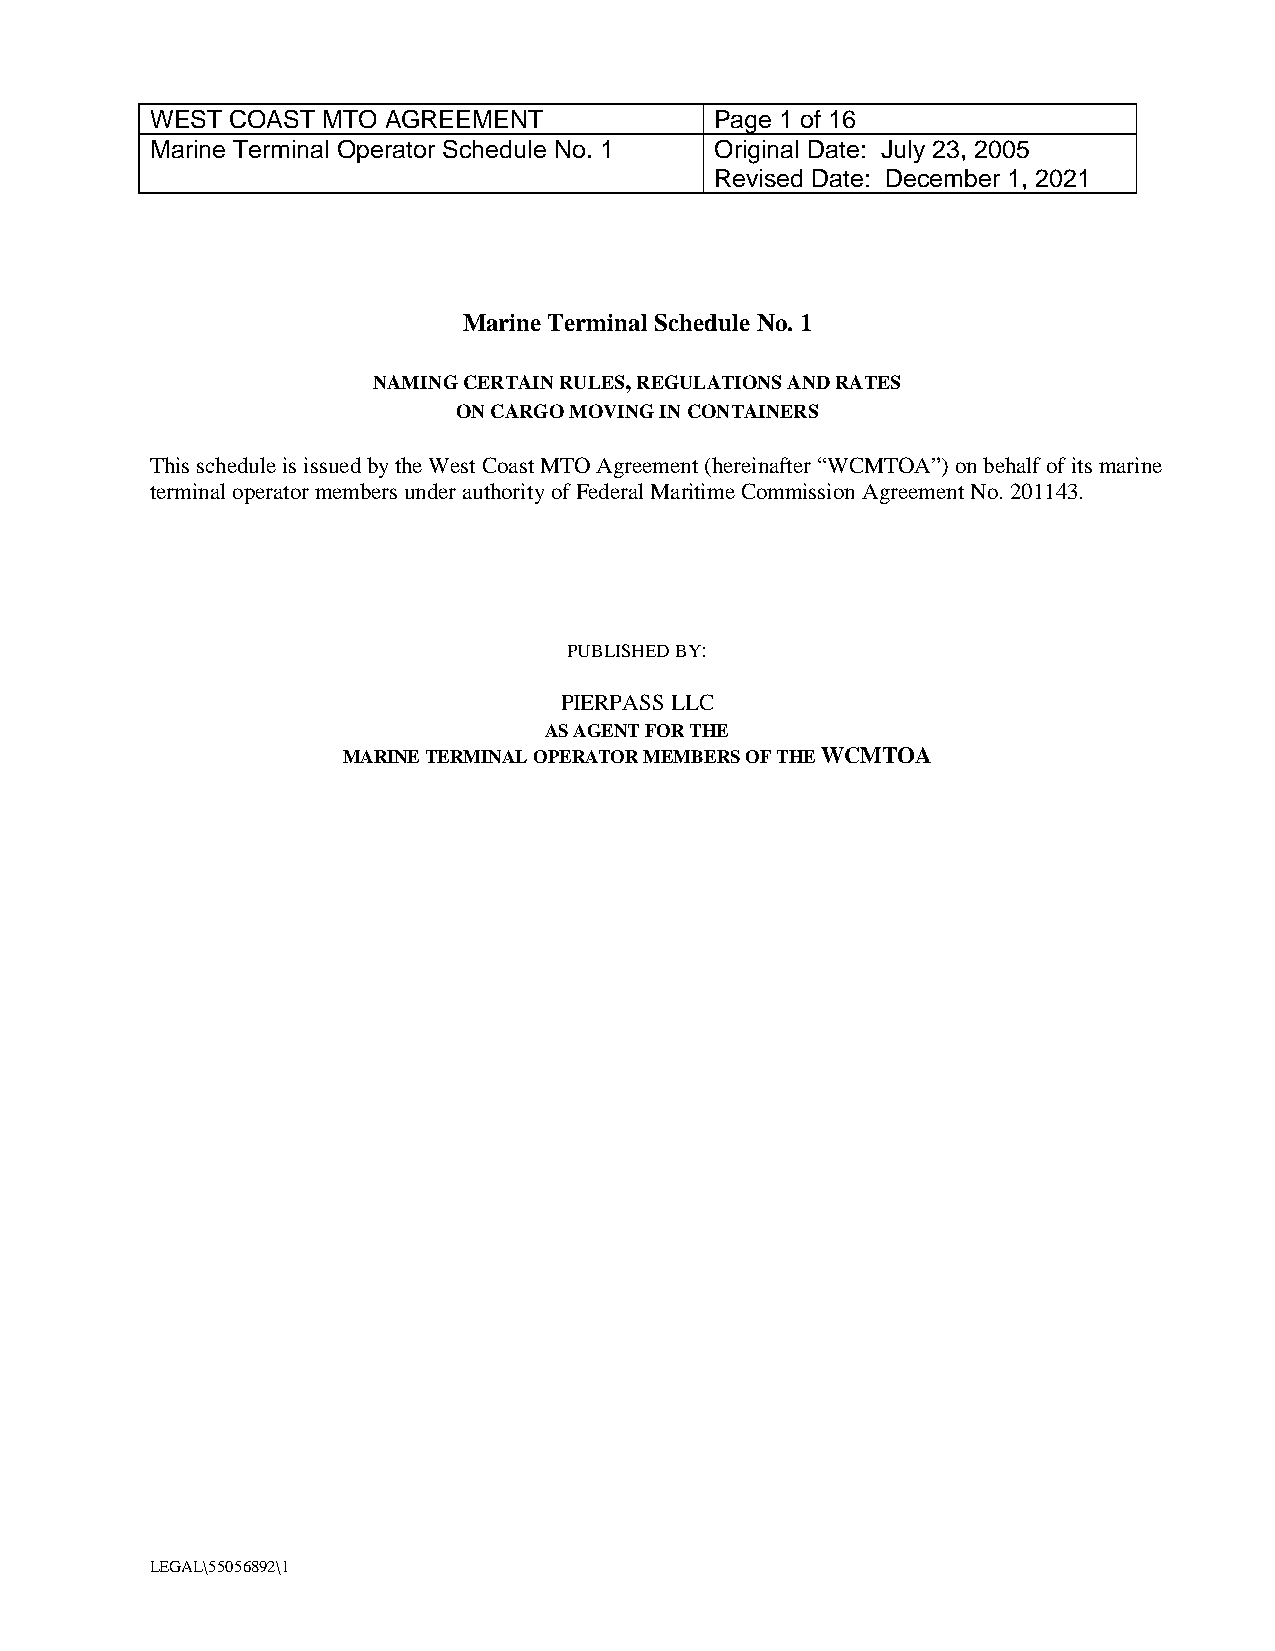
WEST COAST MTO AGREEMENT             Page 1 of 16
 Marine Terminal Operator Schedule No. 1 Original Date: July 23, 2005
 Revised Date: December 1, 2021
 Marine Terminal Schedule No. 1
 NAMING CERTAIN RULES, REGULATIONS AND RATES
 ON CARGO MOVING IN CONTAINERS
 This schedule is issued by the West Coast MTO Agreement (hereinafter “WCMTOA”) on behalf of its marine
 terminal operator members under authority of Federal Maritime Commission Agreement No. 201143.
 PUBLISHED BY:
 PIERPASS LLC
 AS AGENT FOR THE
 MARINE TERMINAL OPERATOR MEMBERS OF THE WCMTOA
 LEGAL\55056892\1